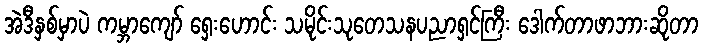
အဲဒီနှစ်မှာပဲ ကမ္ဘာကျော် ရှေးဟောင်း သမိုင်းသုတေသနပညာရှင်ကြီး ဒေါက်တာဖာဘားဆိုတာ